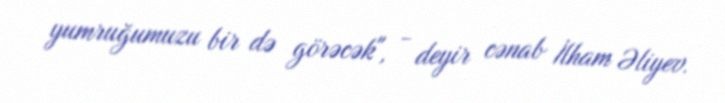
yumruğumuzu bir də görəcək", - deyir cənab İlham Əliyev.